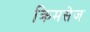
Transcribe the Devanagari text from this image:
क्रिमसेज